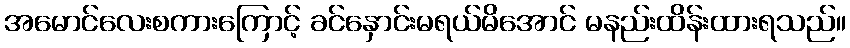
အမောင်လေးစကားကြောင့် ခင်နှောင်းမရယ်မိအောင် မနည်းထိန်းထားရသည်။